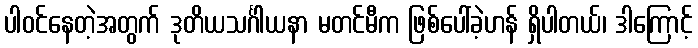
ပါဝင်နေတဲ့အတွက် ဒုတိယသင်္ဂါယနာ မတင်မီက ဖြစ်ပေါ်ခဲ့ဟန် ရှိပါတယ်၊ ဒါကြောင့်